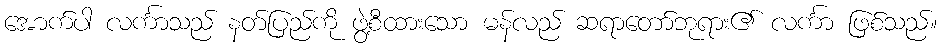
အောက်ပါ လင်္ကာသည် နတ်ပြည်ကို ဖွဲ့စီထားသော မန်လည် ဆရာတော်ဘုရား၏ လင်္ကာ ဖြစ်သည်။